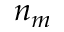
n _ { m }